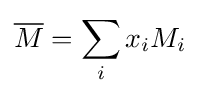
{\overline {M}}=\sum _{i}x_{i}M_{i}